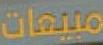
مبيعات